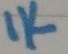
Text: 1K